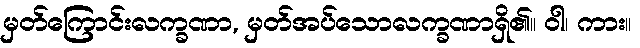
မှတ်ကြောင်းလက္ခဏာ, မှတ်အပ်သောလက္ခဏာရှိ၏။ ဝါ၊ ကား။